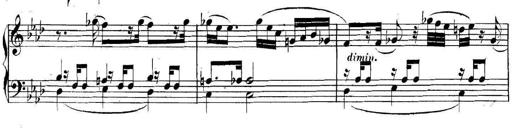
Title: Collected Piano Sonatas
Composer: Muzio Clementi